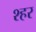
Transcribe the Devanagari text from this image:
श्हर